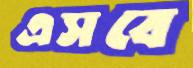
এসবে